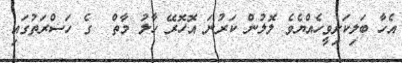
އެހާ ބަލިކަށިވީހެއްޔެވެ ލޮލުން ކަރުނަ އޮހޮރޭ ހާލު މާތް  ގެ ހަޟްރަތުގައި